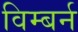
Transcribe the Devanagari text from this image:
विम्बर्न